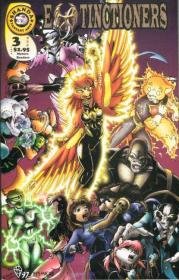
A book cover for Extinctioners #3; Shawntae Howard; Comics & Graphic Novels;